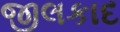
જીલકાદ